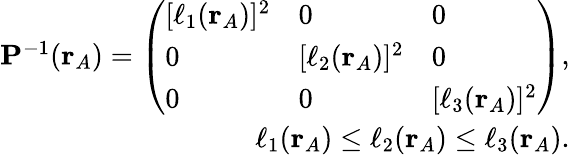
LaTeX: \begin{array}{r}{\mathbf{P}^{-1}(\mathbf{r}_{A})=\left(\begin{array}{lll}{[\ell_{1}(\mathbf{r}_{A})]^{2}}&{0}&{0}\\ {0}&{[\ell_{2}(\mathbf{r}_{A})]^{2}}&{0}\\ {0}&{0}&{[\ell_{3}(\mathbf{r}_{A})]^{2}}\end{array}\right),}\\ {\ell_{1}(\mathbf{r}_{A})\le\ell_{2}(\mathbf{r}_{A})\le\ell_{3}(\mathbf{r}_{A}).}\end{array}